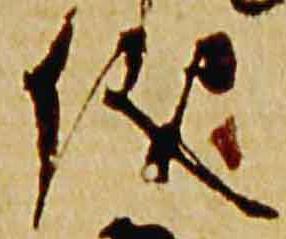
儀